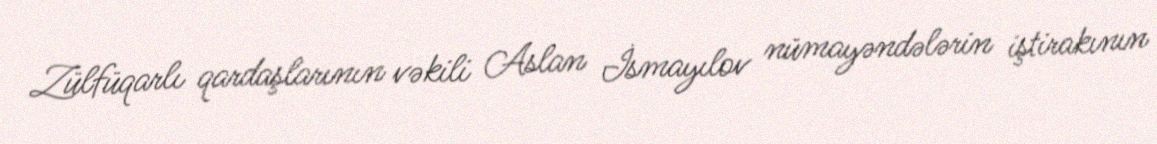
Zülfüqarlı qardaşlarının vəkili Aslan İsmayılov nümayəndələrin iştirakının